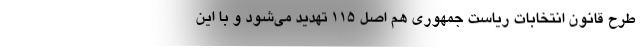
طرح قانون انتخابات ریاست جمهوری هم اصل ۱۱۵ تهدید می‌شود و با این